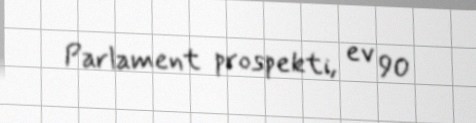
Parlament prospekti, ev 90